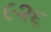
૯૨૬